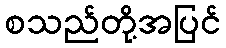
စသည်တို့အပြင်